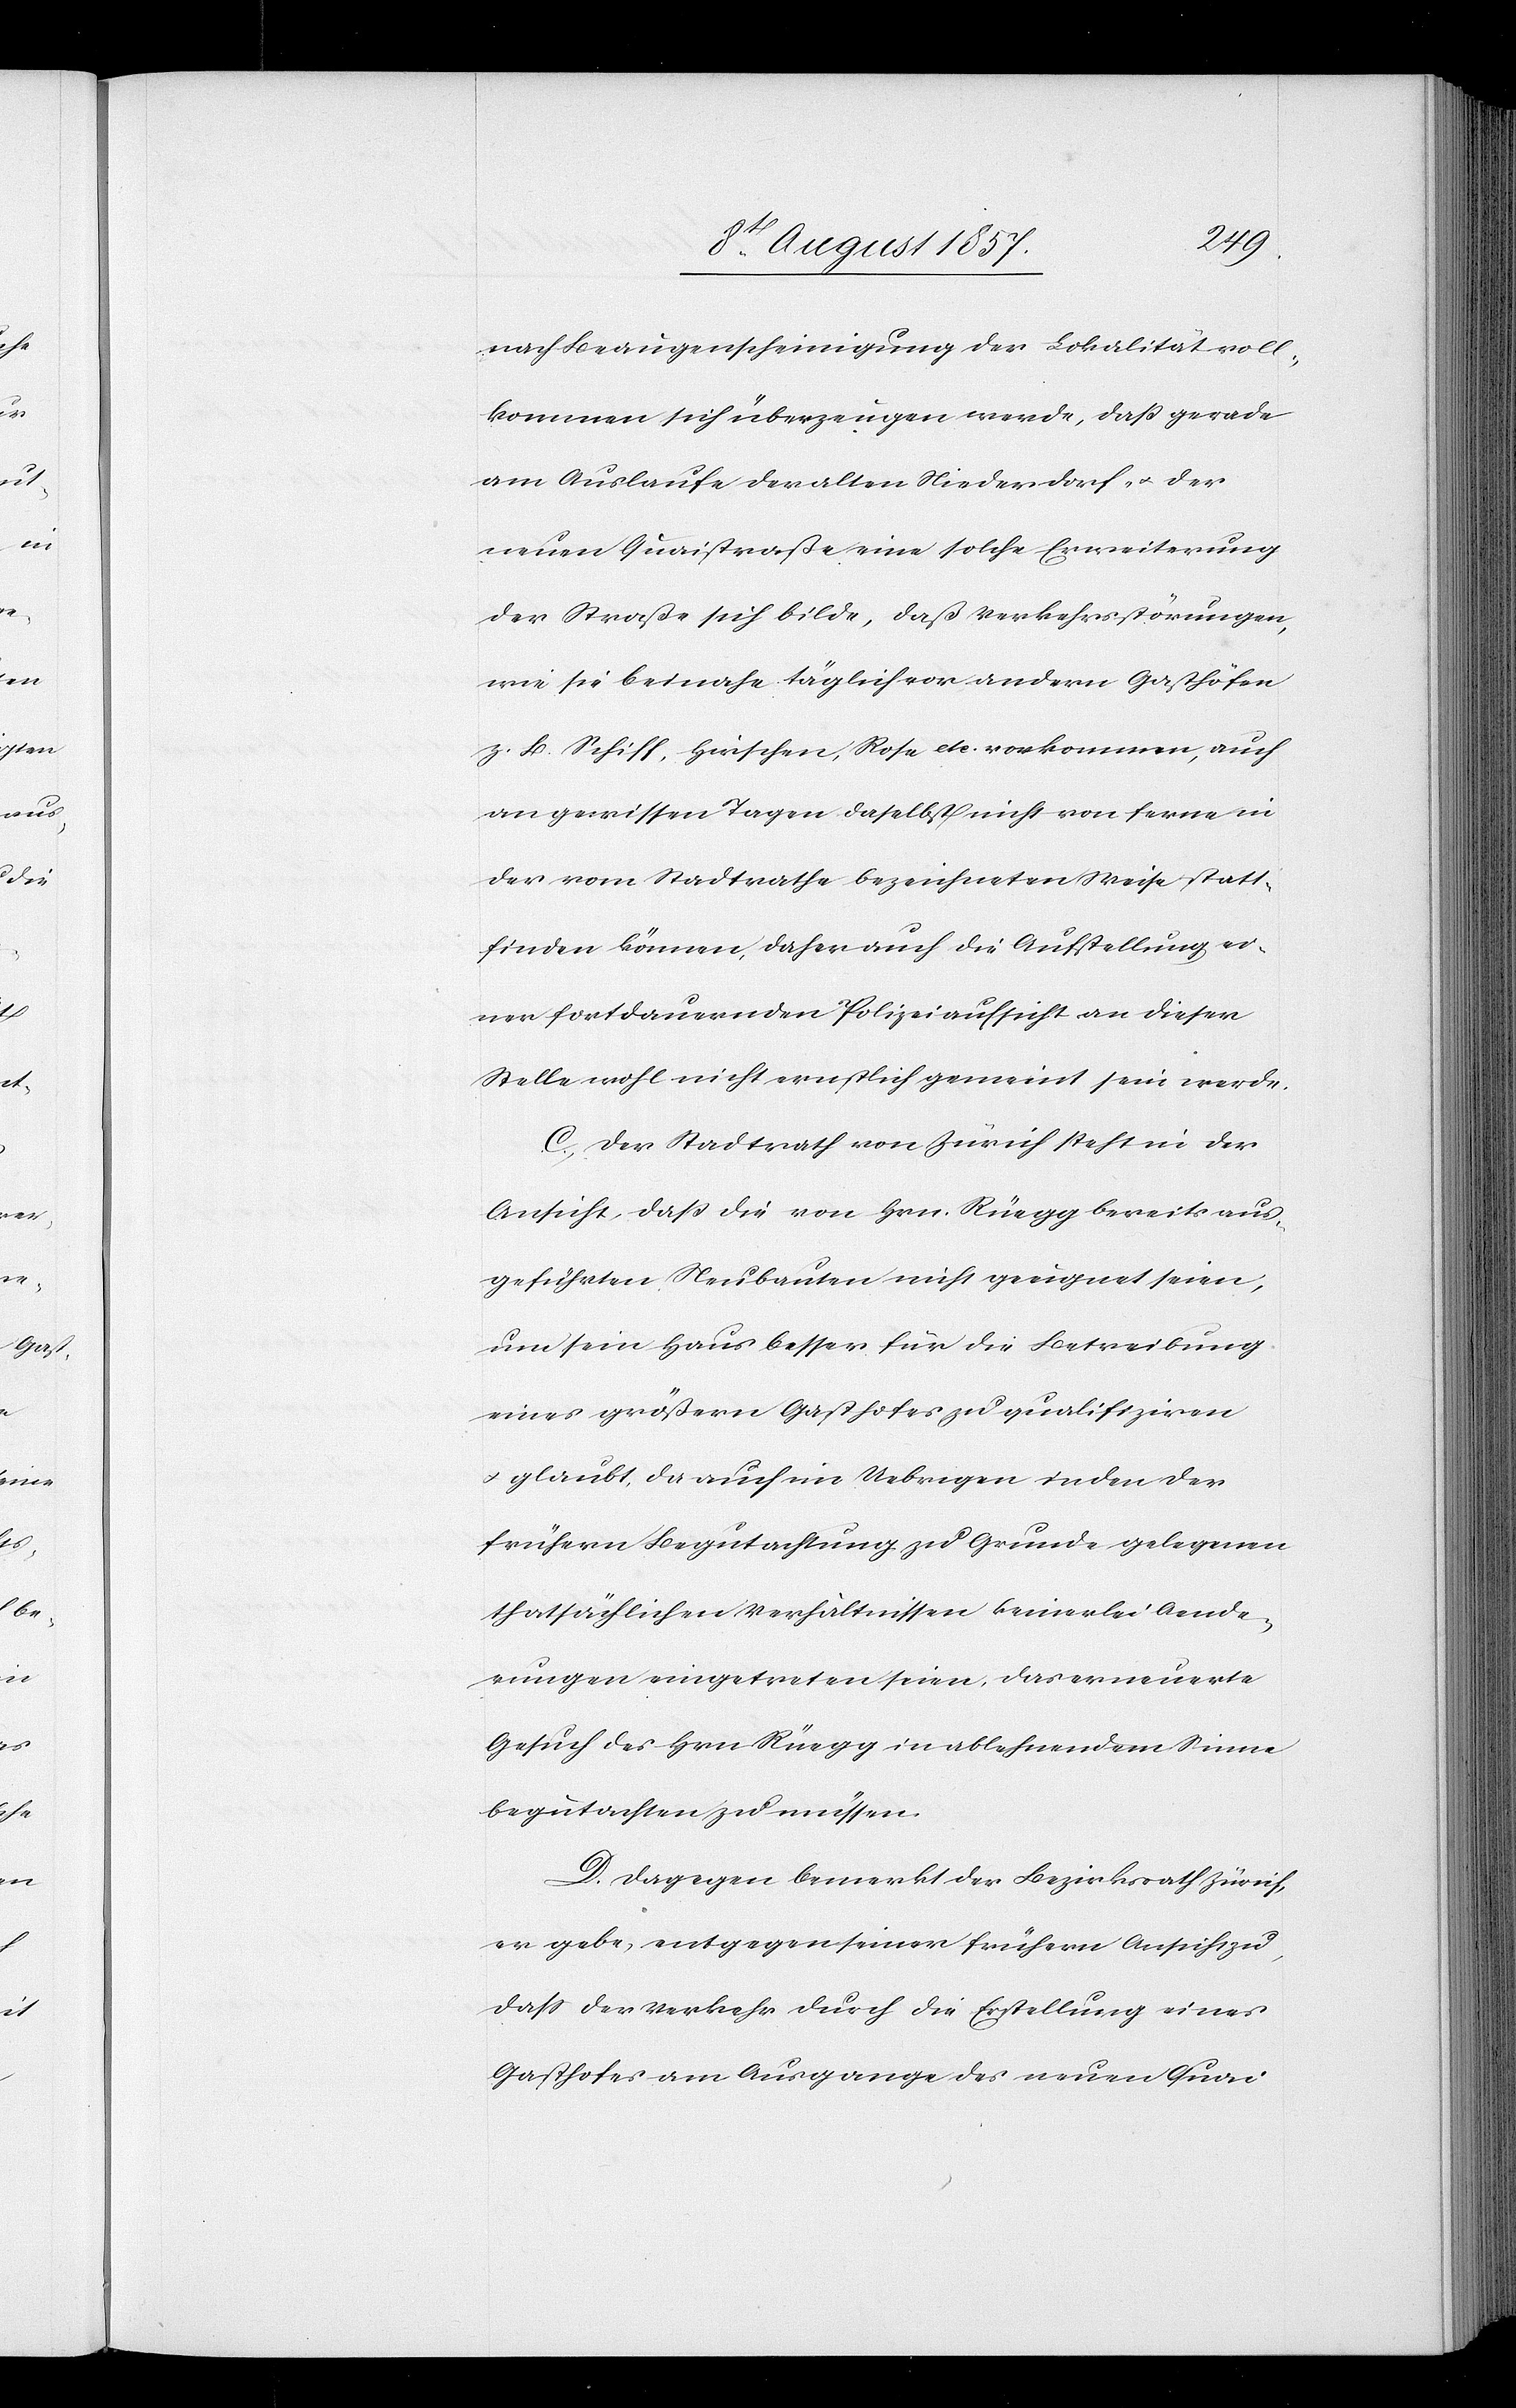
nach Beaugenscheinigung der Lokalität voll¬
kommen sich überzeugen werde, daß gerade
am Auslaufe der alten Niederdorf- & der
neuen Quaistraße eine solche Erweiterung
der Straße sich bilde, daß Verkehrsstörungen,
wie sie beinahe täglich vor andern Gasthöfen
z. B. Schiff, Hirschen, Rose etc. vorkommen, auch
an gewissen Tagen daselbst nicht von ferne in
der vom Stadtrathe bezeichneten Weise statt¬
finden können, daher auch die Aufstellung ei¬
ner fortdauernden Polizeiaufsicht an dieser
Stelle wohl nicht ernstlich gemeint sein werde.
C. Der Stadtrath von Zürich steht in der
Ansicht, daß die von Hrn. Rüegg bereits aus¬
geführten Neubauten nicht geeignet seien,
um sein Haus besser für die Betreibung
eines größern Gasthofes zu qualifiziren
& glaubt, da auch im Uebrigen in den der
frühern Begutachtung zu Grunde gelegenen
thatsächlichen Verhältnissen keinerlei Aende¬
rungen eingetreten seien, das erneuerte
Gesuch des Hrn. Rüegg in ablehnendem Sinne
begutachten zu müssen.
D. Dagegen bemerkt der Bezirksrath Zürich,
er gebe, entgegen seiner frühern Ansicht zu,
daß der Verkehr durch die Erstellung eines
Gasthofes am Ausgange des neuen Quai